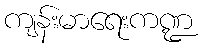
ကျန်းမာရေးကဏ္ဍ